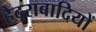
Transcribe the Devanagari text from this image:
हैदराबादियों